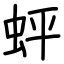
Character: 蚲